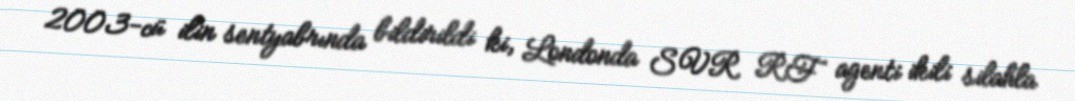
2003-cü ilin sentyabrında bildirildi ki, Londonda SVR RF agenti ikili silahla